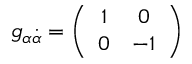
g _ { \alpha { \dot { \alpha } } } = \left( \begin{array} { c c } { { 1 } } & { { 0 } } \\ { { 0 } } & { { - 1 } } \end{array} \right)